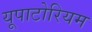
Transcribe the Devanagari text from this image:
यूपाटोरियम